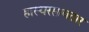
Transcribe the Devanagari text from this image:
हास्यरसावतार